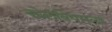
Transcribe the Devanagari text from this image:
कोलंबियमला